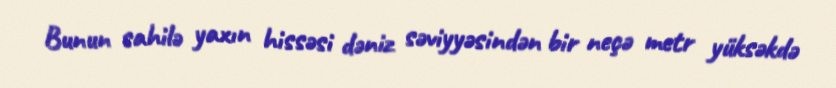
Bunun sahilə yaxın hissəsi dəniz səviyyəsindən bir neçə metr yüksəkdə